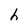
Character: h